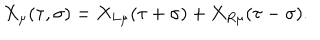
LaTeX: X _ { \mu } ( \tau , \sigma ) = X _ { L \mu } ( \tau + \sigma ) + X _ { R \mu } ( \tau - \sigma ) .